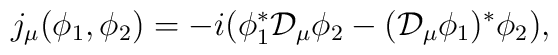
j_\mu(\phi_1,\phi_2)=-i(\phi_1^{*}{\cal D}_\mu\phi_2-({\cal D}_\mu\phi_1)^{*}\phi_2),